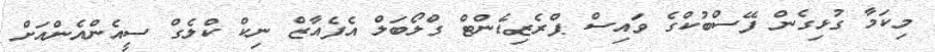
މިކަމާ ގުޅިގެން ފޭސްބުކްގެ ވައިސް ޕްރެޒިޑެންޓް ގްލޯބަލް އެފެއާޒް ނިކް ކްލެގް ސީއެންއެންއަށް